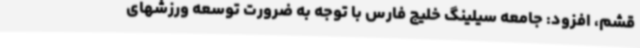
قشم، افزود: جامعه سیلینگ خلیج فارس با توجه به ضرورت توسعه ورزشهای